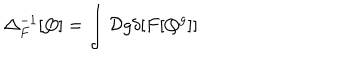
\Delta _ { F } ^ { - 1 } [ Q ] = \int { \cal D } g \delta [ F [ Q ^ { g } ] ]